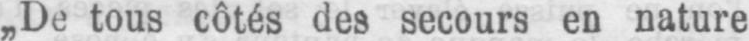
„De tous côtés des secours en nature